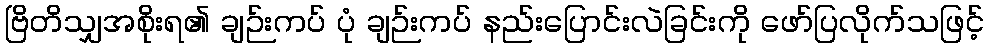
ဗြိတိသျှအစိုးရ၏ ချဉ်းကပ် ပုံ ချဉ်းကပ် နည်းပြောင်းလဲခြင်းကို ဖော်ပြလိုက်သဖြင့်